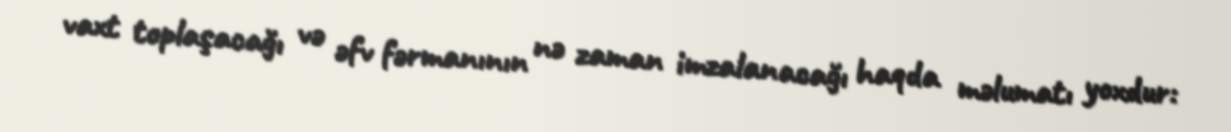
vaxt toplaşacağı və əfv fərmanının nə zaman imzalanacağı haqda məlumatı yoxdur: